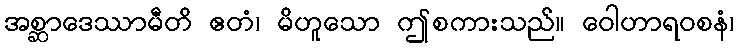
အစ္ဆာဒေဿာမီတိ ဧတံ၊ မိဟူသော ဤစကားသည်။ ဝေါဟာရဝစနံ၊